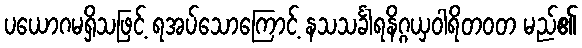
ပယောဂမရှိသဖြင့် ရအပ်သောကြောင့် နသသင်္ခါရနိဂ္ဂယှဝါရိတဝတ မည်၏